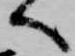
へ